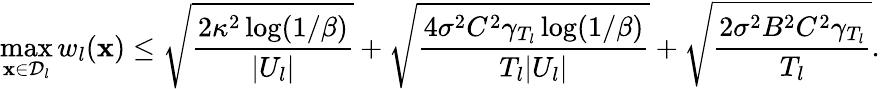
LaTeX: \operatorname*{max}_{\mathbf{x}\in\mathcal{D}_{l}}w_{l}(\mathbf{x})\leq\sqrt{\frac{2\kappa^{2}\log(1/\beta)}{|U_{l}|}}+\sqrt{\frac{4\sigma^{2}C^{2}\gamma_{T_{l}}\log(1/\beta)}{T_{l}|U_{l}|}}+\sqrt{\frac{2\sigma^{2}B^{2}C^{2}\gamma_{T_{l}}}{T_{l}}}.